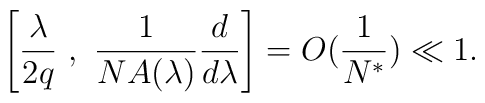
\left[\frac{\lambda}{2q}\ ,\  \frac{1}{N A(\lambda)} \frac{d}{d\lambda}\right] = O (\frac{1}{N^{*}})\ll 1 .